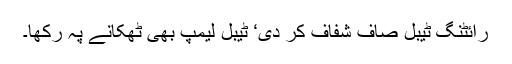
رائٹنگ ٹیبل صاف شفاف کر دی‘ ٹیبل لیمپ بھی ٹھکانے پہ رکھا۔